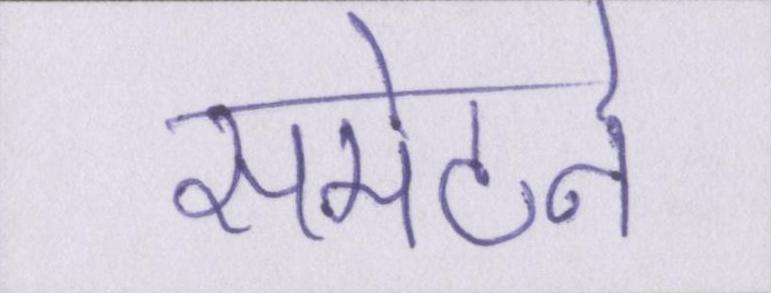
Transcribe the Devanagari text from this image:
समेटने